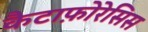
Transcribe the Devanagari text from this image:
कैटाफ़ोरेसिस